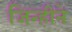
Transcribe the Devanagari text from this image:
जिन्हीने